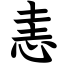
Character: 恚